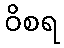
ဝိစရ